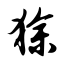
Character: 狳